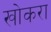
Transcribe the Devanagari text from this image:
खोकरा